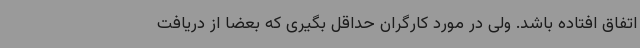
اتفاق افتاده باشد. ولی در مورد کارگران حداقل بگیری که بعضا از دریافت